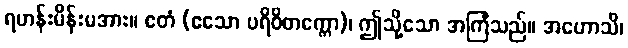
ရဟန်းမိန်းမအား။ ဧတံ (ဧသော ပရိဝိတက္ကော)၊ ဤသို့သော အကြံသည်။ အဟောသိ၊